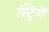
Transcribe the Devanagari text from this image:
स्ट्रिंगें